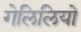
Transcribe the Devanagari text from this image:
गेलिलियो